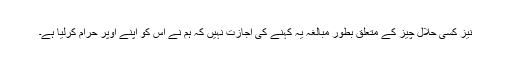
نیز کسی حلال چیز کے متعلق بطورِ مبالغہ یہ کہنے کی اجازت نہیں کہ ہم نے اس کو اپنے اُوپر حرام کرلیا ہے۔